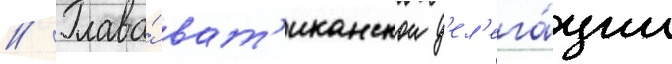
// Глава́ ват'иканскои д'ел'ега́ции